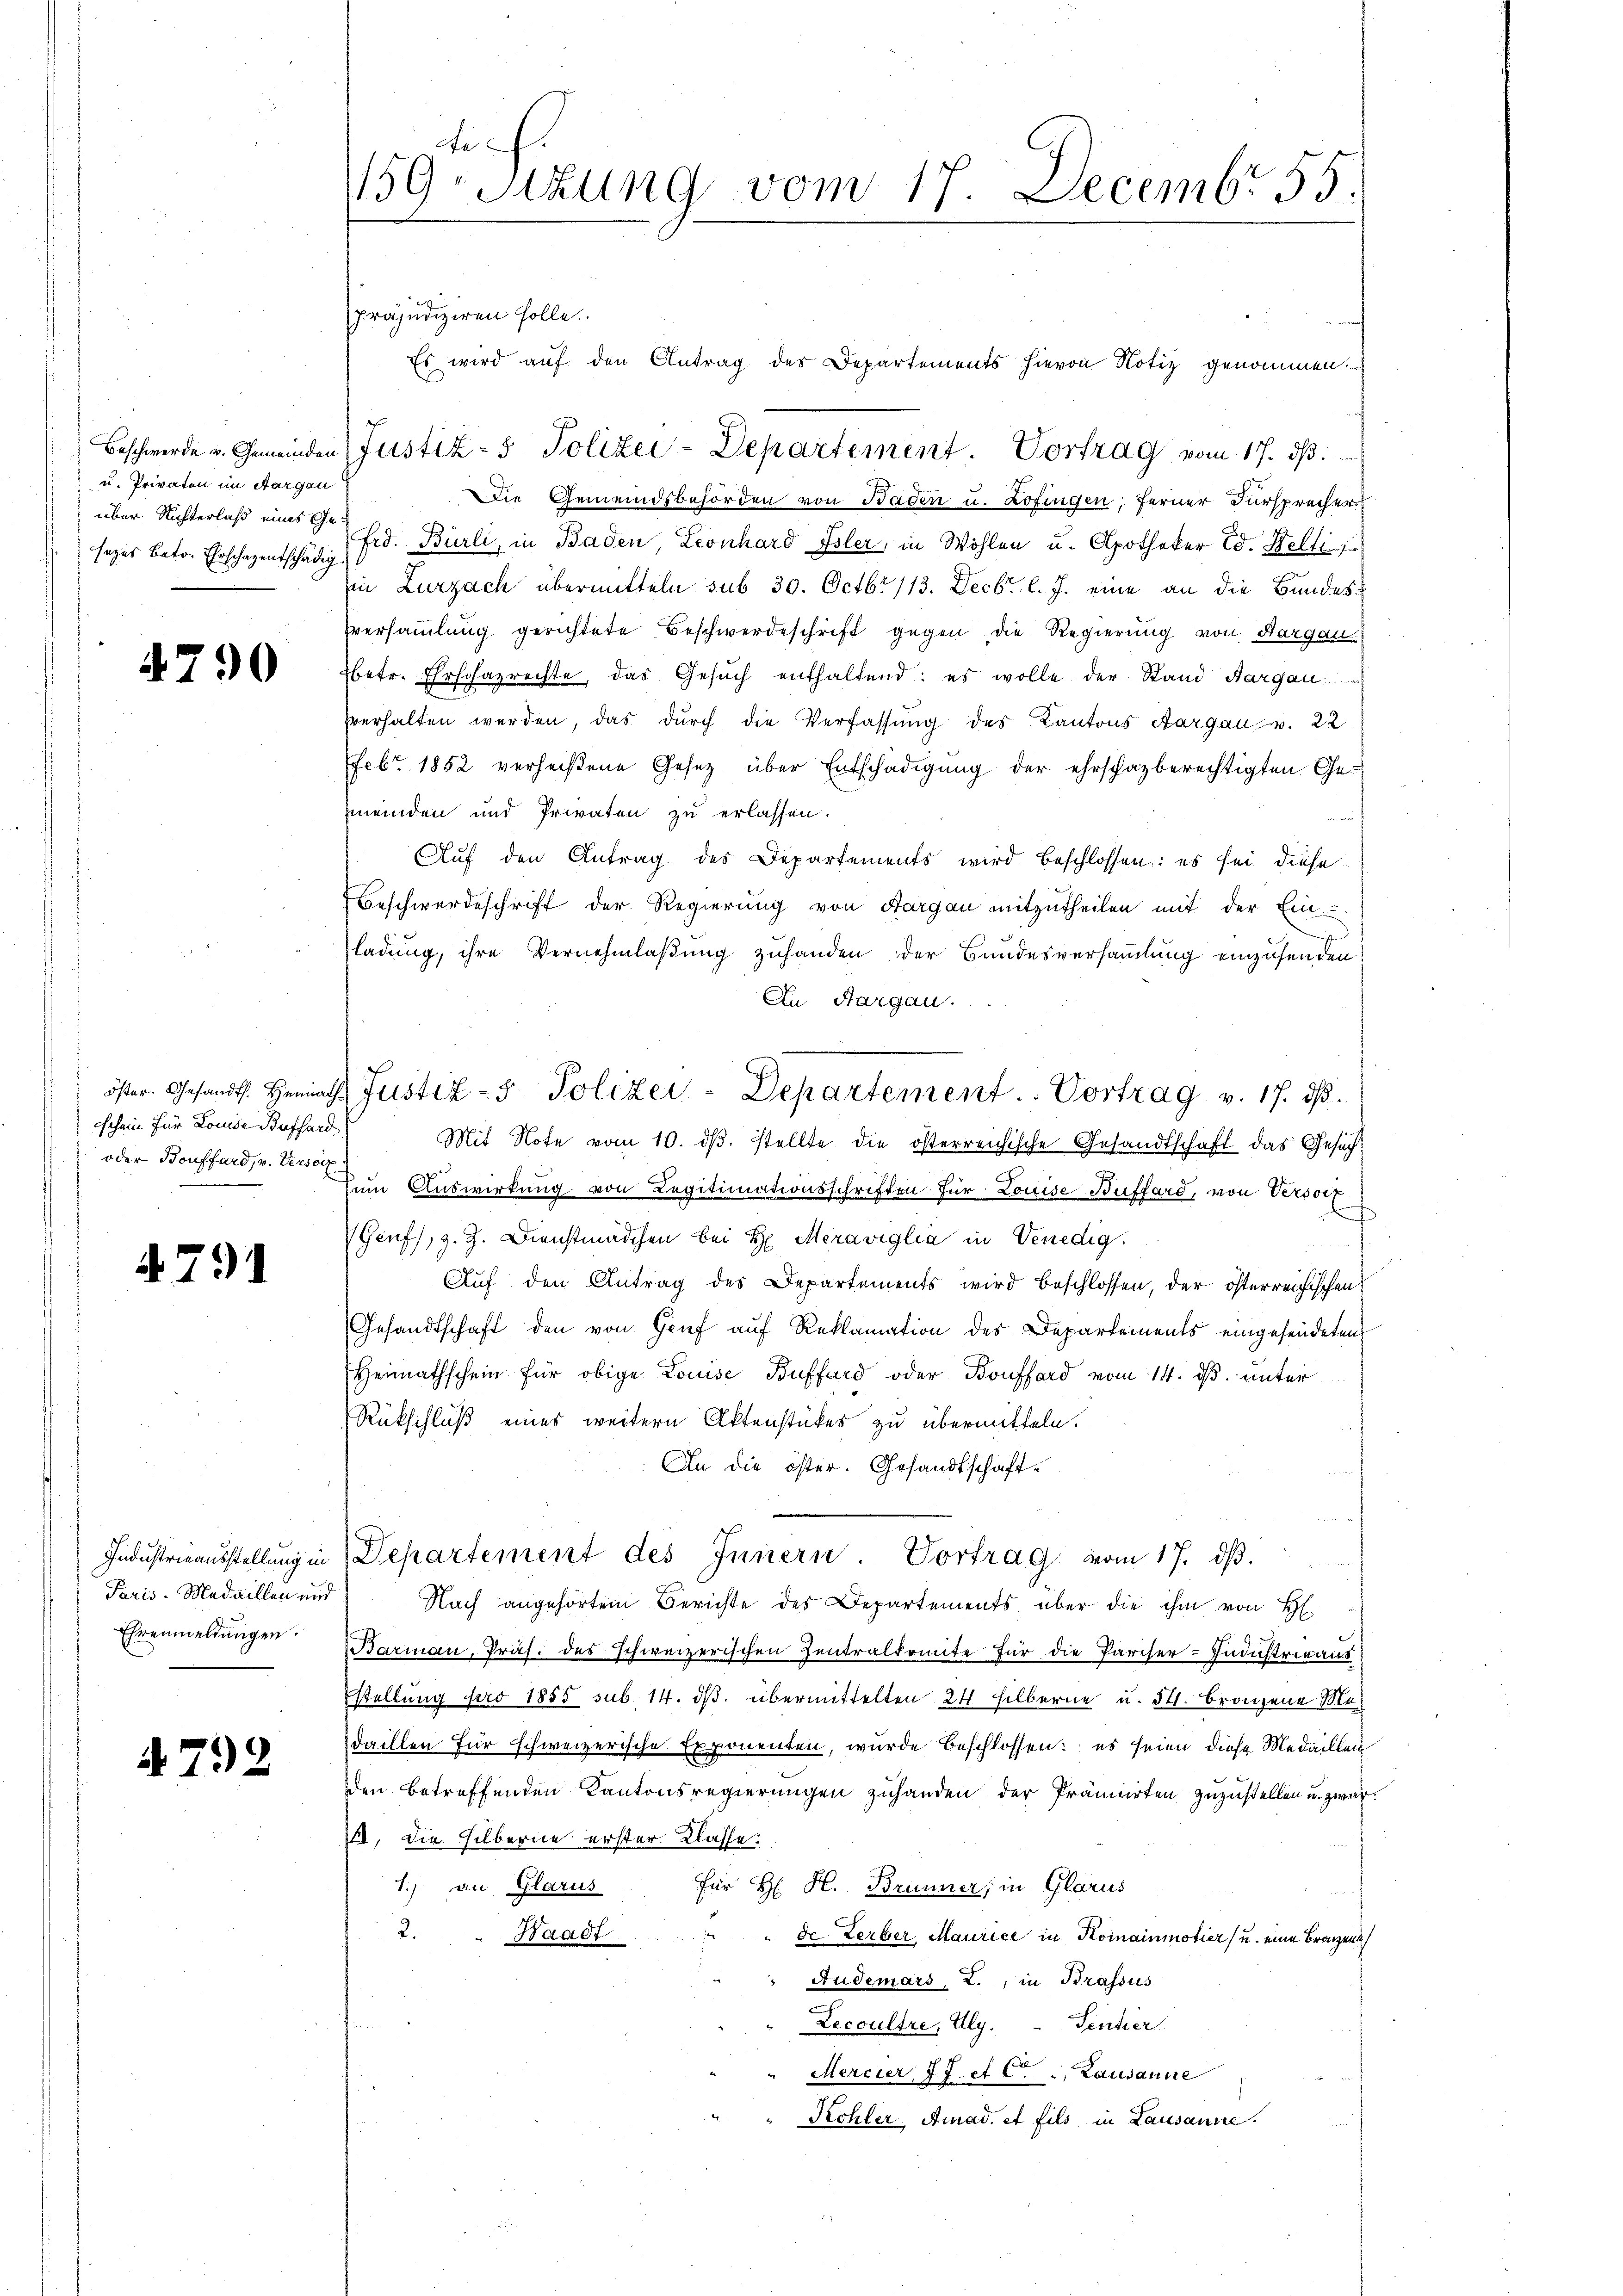
u. Privaten im Aargau
über Richterlaß eines Ge¬

4790

schein für Louise Bufford
oder Bouffard, v. Versatz

4791

Paris. Medaillen und
Ehrenmeldungen.

A792

te.
159. Sitzung vom 17. Decembr 55.

präjudiziren solle.
Es wird auf den Antrag des Departements hievon Notiz genommen.
Beschwerde u. Gemeinden Justiz- & Polizei-Departement. Vortrag vom 17. ds.
Die Gemeindsbehörden von Baden u. Lofingen; ferner Fürsprecher
sezes betr. ErschäzentschäfFrd. Burli, in Baden, Leonhard Isler, in Wohlen u. Apotheker Ed. Kelti
Ein Zurzach übermitteln sub 30. Octbr. 113. Decbr. l. J. eine an die Bundes¬
Eversammlung gerichtete Beschwerdeschrift gegen die Regierung von Aargau
betr. Ehrschazrechte, das Gesŭch enthaltend: es wolle der Stand Aargau
verhalten werden, das dŭrch die Verfassŭng des Kantons Aargau v. 22
Febr. 1852 verheißene Gesetz über Entschädigung der ehrschazberechtigten Ge-
meinden und Privaten zu erlassen.
Aŭf den Antrag des Departements wird beschlossen: es sei diese
Beschwerdeschrift der Regierung von Aargau mitzutheilen mit der Ein-
ladung, ihre Vernehmlaßung zuhanden der Bundesversammlung einzusenden
An Aargau.
Mit Note vom 10. dβ. stellte die österreichische Gesandtschaft das Gesuchzum Auswirkung von Legitimationsschriften für Louise Buffard, von Versorg
f
Genf), z. Z. Dienstmädchen bei H. Meraviglia in Venedig
Auf den Antrag des Departements wird beschlossen, der österreichischen
Gesandtschaft den von Genf auf Reklamation des Departements eingesendeten
Heimathschein für obige Louise Bufford oder Boufford vom 14. ds. unter
Rückschluß eines weitern Aktenstückes zu übermitteln.
An die öster. Gesandtschaft-
Industrieausstellŭng in Departement des Innern. Vortrag vom 17. dβ.
Nach angehörtem Berichte des Departements über die ihm von H
Barinau, Präs. des schweizerischen Zentralkomite für die Pariser-Industrieaus
Estellung pro 1855 sub. 14. ds. übermittelten 24 silberne u. 54. Bronzene Medaillen für schweizerische Exponenten, wurde beschlossen: es seien diese Medaillen
den betreffenden Kantonsregierungen zuhanden der Prämierten zuzustellen u. zwar
14, die Hilberne erster Klasse:
für H. H. Brunner, in Glarus
1.) an Glarus
2. " Waadt
"de Lerber, Maurice in Komainmotier (u. eine Branzen
Audemars, L., in Brassus
Lecoultre, Aly.  Tentier
Mercier, 7 J. et C. Lausanne
Kohler Amad. et fils in Lausanne.

öster. Gesandt. Heirath Justiz- & Polizei-Departement. Vortrag v. 17. dβ.